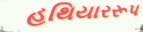
હથિયારરૂપ